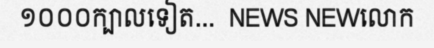
១០០០ក្បាលទៀត...  NEWS NEWលោក